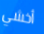
أخشي